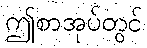
ဤစာအုပ်တွင်